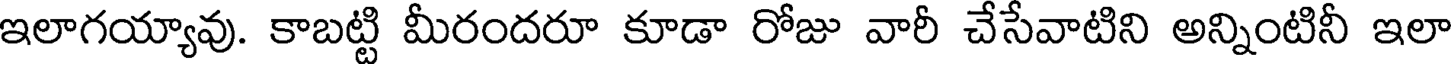
ఇలాగయ్యావు. కాబట్టి మీరందరూ కూడా రోజు వారీ చేసేవాటిని అన్నింటినీ ఇలా